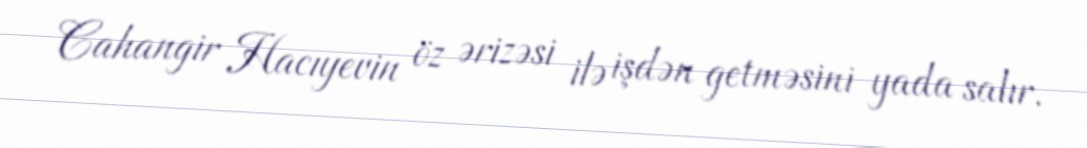
Cahangir Hacıyevin öz ərizəsi ilə işdən getməsini yada salır.